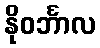
နိုဝင်္ဘာလ